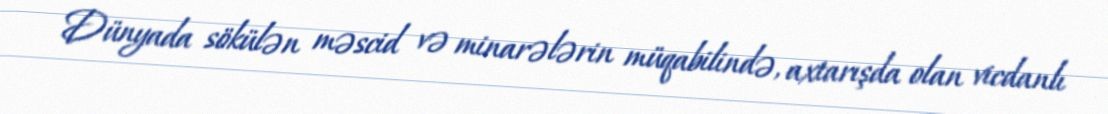
Dünyada sökülən məscid və minarələrin müqabilində, axtarışda olan vicdanlı